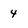
Character: 4